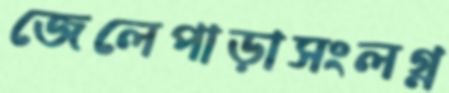
জেলেপাড়াসংলগ্ন